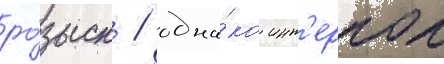
ро́зыск / одна́ко инт'ерпол